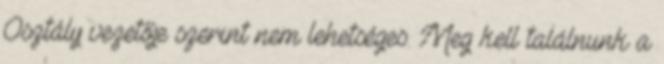
Osztály vezetője szerint nem lehetséges. Meg kell találnunk a